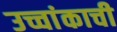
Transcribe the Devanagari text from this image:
उच्चांकाची